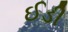
ઈડી